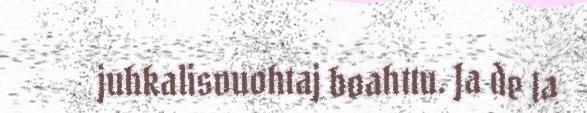
juhkalisvuohtaj boahttu. Ja de la